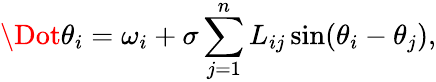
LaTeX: \Dot{\theta_{i}}=\omega_{i}+\sigma\sum_{j=1}^{n}L_{ij}\sin(\theta_{i}-\theta_{j}),